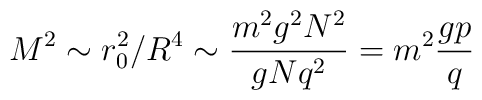
M^2 \sim r_0^2/R^4 \sim \frac{m^2 g^2 N^2}{gNq^2 } = m^2\frac{gp}{q}